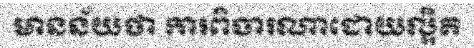
មានន័យថា ការពិចារណាដោយល្អិត